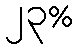
၂၃%